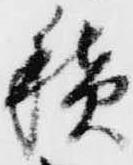
積